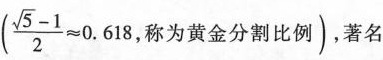
($$\frac { \sqrt { 5 } - 1 } { 2 } ≈ 0 . 6 1 8$$称为黄金分割比例)，著名